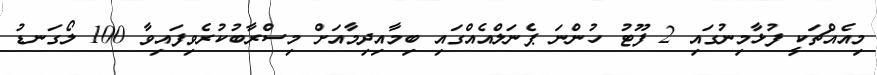
މިއެއްޗަކީ ފުޅާމިނުގައި 2 ފޫޓު ހުންނަ ޕެނަލްއެއްގައި ބިމާއިދިމާއަށް މިސްރާބުކުރެވިފައިވާ 100 ލޯގަނޑު